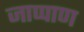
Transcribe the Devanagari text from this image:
जाप्पाण